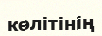
көлітінің